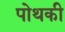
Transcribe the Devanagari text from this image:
पोथकी